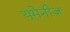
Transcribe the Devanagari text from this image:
यूमेनीज़